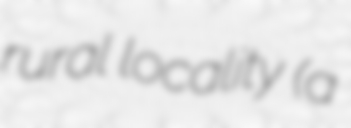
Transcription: rural locality (a